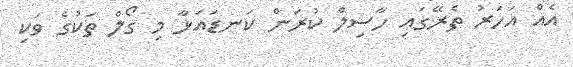
އެއް އަހަރު ތެރޭގައި ހާސިލް ކުރަން ކަނޑައަޅާ މި ގޯލް ތަކުގެ ވަކި